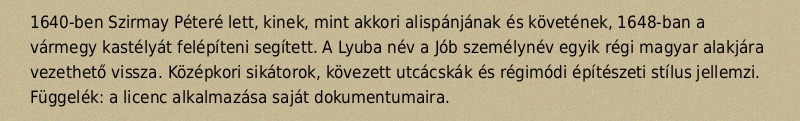
1640-ben Szirmay Péteré lett, kinek, mint akkori alispánjának és követének, 1648-ban a vármegy kastélyát felépíteni segített. A Lyuba név a Jób személynév egyik régi magyar alakjára vezethető vissza. Középkori sikátorok, kövezett utcácskák és régimódi építészeti stílus jellemzi. Függelék: a licenc alkalmazása saját dokumentumaira.